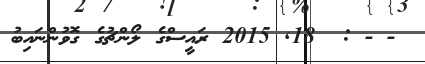
- - :  18